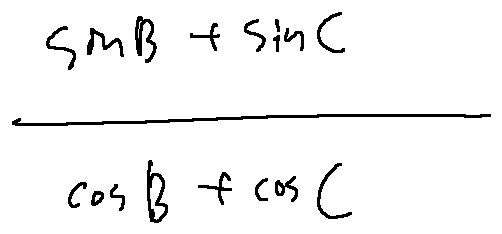
\frac { \sin B + \sin C } { \cos B + \cos C }